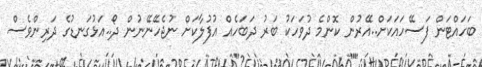
ބަހައްޓަން ފަސޭހައަކަށް..އޭރުން ކޮންމެ ދުވަހަކު ބަރު ދަބަހެއް އުފުލާކަށް ނުޖެހޭނޭނުން ދޯ..އަޅުގަނޑުގެ ދަރިންވެސް